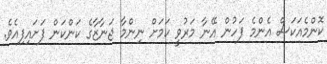
ކޮންމެއަކަސް އެންމެ ފަހުން އޭނާ މަރުވީ ކަމަށް ނިންމާ ޖަނާޒާގެ ކަންކަން ފަށައިފިއެވެ.